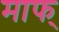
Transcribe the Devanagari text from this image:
माफ्